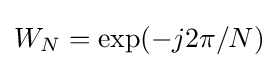
W_{N}=\exp(-j2\pi /N)